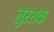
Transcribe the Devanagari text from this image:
लुस्सक